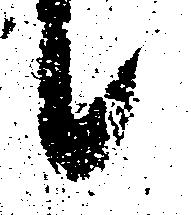
候